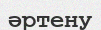
әртену